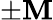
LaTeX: \pm\mathbf{M}